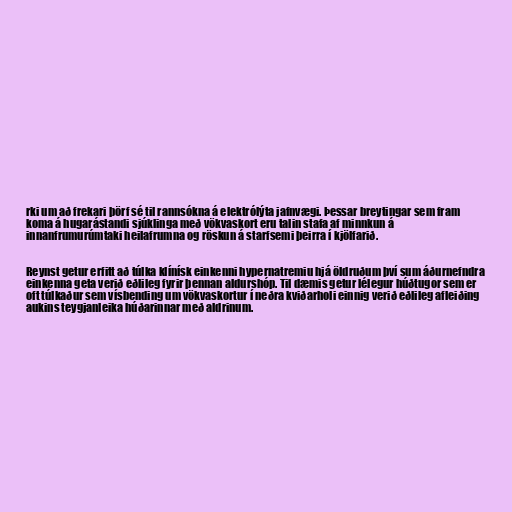
rki um að frekari þörf sé til rannsókna á elektrólýta jafnvægi. Þessar breytingar sem fram
koma á hugarástandi sjúklinga með vökvaskort eru talin stafa af minnkun á
innanfrumurúmtaki heilafrumna og röskun á starfsemi þeirra í kjölfarið.

Reynst getur erfitt að túlka klínísk einkenni hypernatremiu hjá öldruðum því sum áðurnefndra
einkenna geta verið eðlileg fyrir þennan aldurshóp. Til dæmis getur lélegur húðtugor sem er
oft túlkaður sem vísbending um vökvaskortur í neðra kviðarholi einnig verið eðlileg afleiðing
aukins teygjanleika húðarinnar með aldrinum.